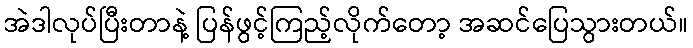
အဲဒါလုပ်ပြီးတာနဲ့ ပြန်ဖွင့်ကြည့်လိုက်တော့ အဆင်ပြေသွားတယ်။